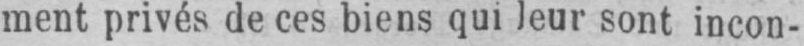
ment privés de ces biens qui leur sont incon-